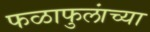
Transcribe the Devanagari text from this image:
फळाफुलांच्या